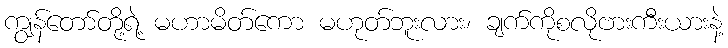
ကျွန်တော်တို့ရဲ့ မဟာမိတ်ကော မဟုတ်ဘူးလား၊ ချက်ကိုစလိုဗားကီးယားနဲ့